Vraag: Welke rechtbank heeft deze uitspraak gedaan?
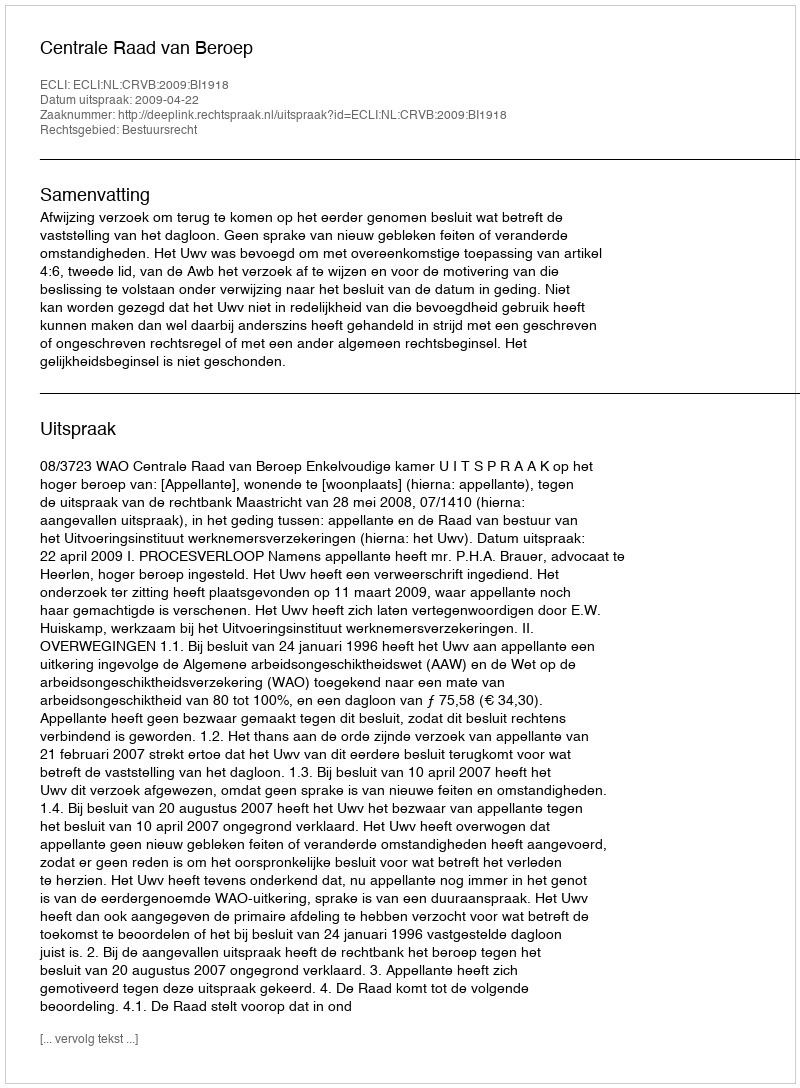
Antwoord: Centrale Raad van Beroep